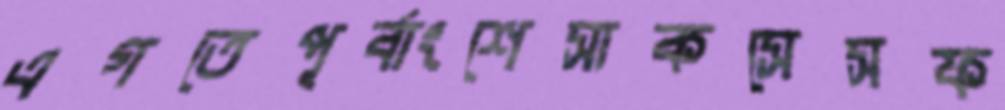
এগতেপূর্বাংশেসাকসেসফ